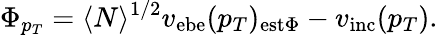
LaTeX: \Phi_{p_{T}}=\langle N\rangle^{1/2}v_{\mathrm{ebe}}(p_{T})_{\mathrm{est\Phi}}-v_{\mathrm{inc}}(p_{T}).